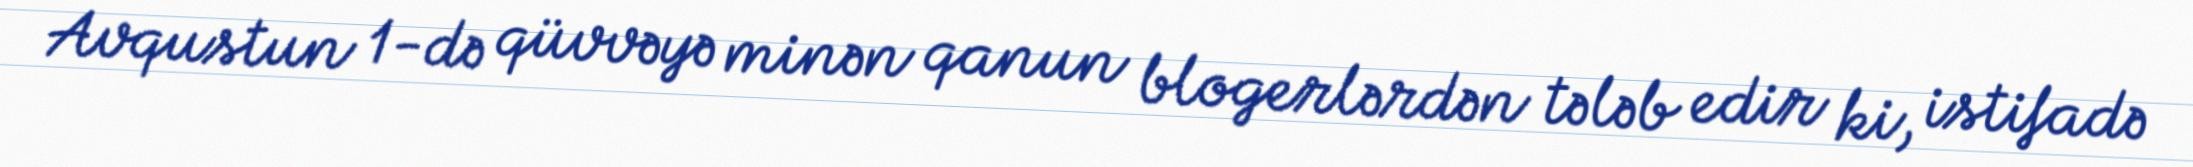
Avqustun 1-də qüvvəyə minən qanun blogerlərdən tələb edir ki, istifadə